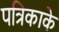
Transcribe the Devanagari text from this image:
पत्रिकाके